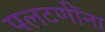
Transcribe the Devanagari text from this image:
पलटणींना